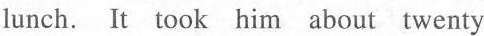
lunch. It took him about twenty